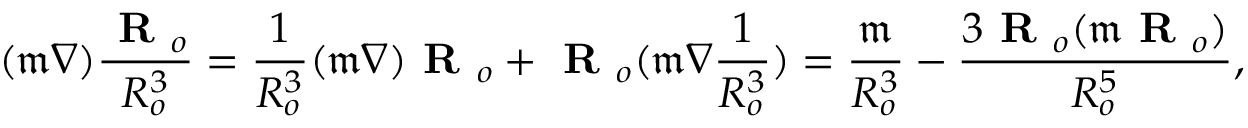
( \mathfrak { m } \nabla ) \frac { \textbf { R } _ { o } } { R _ { o } ^ { 3 } } = \frac { 1 } { R _ { o } ^ { 3 } } ( \mathfrak { m } \nabla ) \textbf { R } _ { o } + \textbf { R } _ { o } ( \mathfrak { m } \nabla \frac { 1 } { R _ { o } ^ { 3 } } ) = \frac { \mathfrak { m } } { R _ { o } ^ { 3 } } - \frac { 3 \textbf { R } _ { o } ( \mathfrak { m } \textbf { R } _ { o } ) } { R _ { o } ^ { 5 } } ,